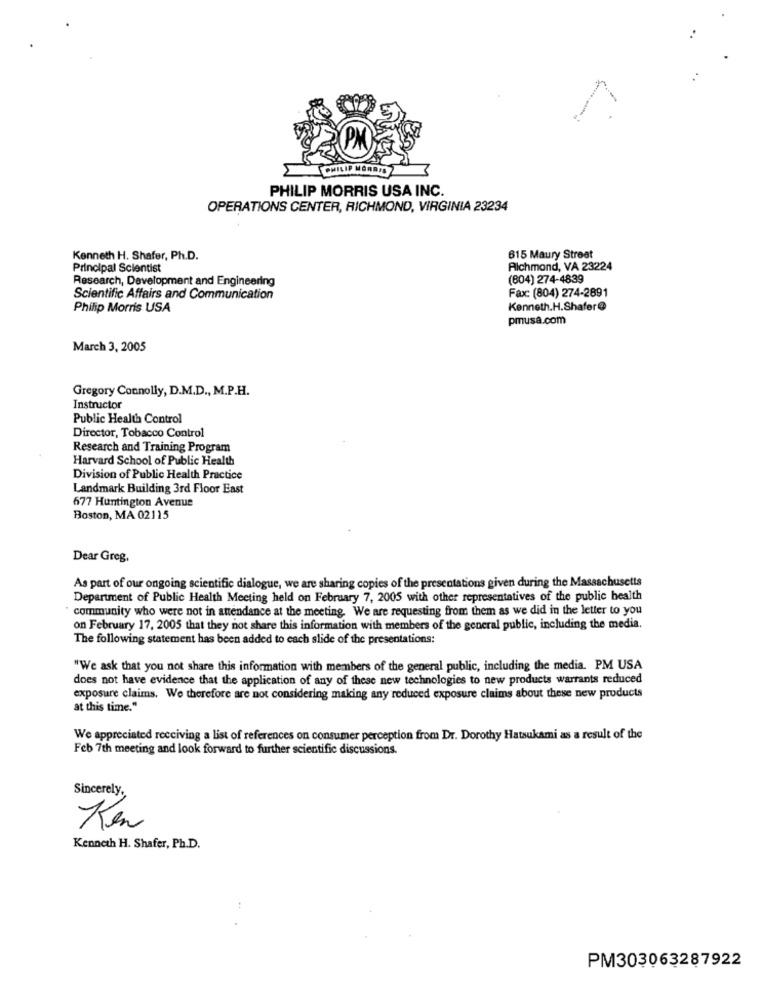
CHILIP MORRIS
PHILIP MORRIS USA INC.
OPERATIONS CENTER, RICHMOND, VIRGINIA 23234
Kenneth H. Shafer, Ph.D.
615 Maury Street
Principal Scientist
Richmond, VA 23224
Research, Development and Engineering
(804) 274-4839
Scientific Affairs and Communication
Fax: (804) 274-2891
Philip Morris USA
Kenneth.H.Shafer @
pmusa.com
March 3, 2005
Gregory Connolly, D.M.D ., M.P.H.
Instructor
Public Health Control
Director, Tobacco Control
Research and Training Program
Harvard School of Public Health
Division of Public Health Practice
Landmark Building 3rd Floor East
677 Huntington Avenue
Boston, MA 02115
Dear Greg.
As part of our ongoing scientific dialogue, we are sharing copies of the presentations given during the Massachusetts
Department of Public Health Meeting held on February 7, 2005 with other representatives of the public health
community who were not in attendance at the meeting. We are requesting from them as we did in the letter to you
on February 17, 2005 that they not share this information with members of the general public, including the media.
The following statement has been added to each slide of the presentations:
"We ask that you not share this information with members of the general public, including the media. PM USA
does not have evidence that the application of any of these new technologies to new products warrants reduced
exposure claims. We therefore are not considering making any reduced exposure claims about these new products
at this time."
We appreciated receiving a list of references on consumer perception from Dr. Dorothy Hatsukami as a result of the
Feb 7th meeting and look forward to further scientific discussions.
Sincerely,
Ken
Kenneth H. Shafer, Ph.D.
..
PM303063287922